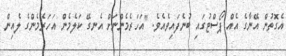
އެގޮތުން އޭނާގެ އެއް ޕޯސްޓުގައި ބުނެފައިވެއެވެ. "އަހަރެމެންނަށް އެނގޭ ކަލެމެން އަހަރެމެންގެ ލެއިން